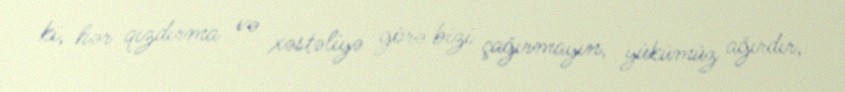
ki, hər qızdırma və xəstəliyə görə bizi çağırmayın, yükümüz ağırdır,